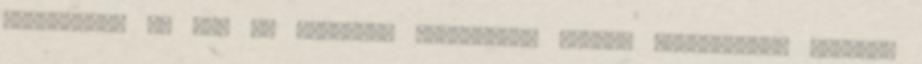
büntetést, ám így is sikerült megőriznie vezető pozícióját, egészen